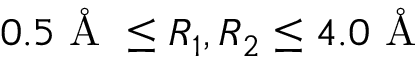
0 . 5 \mathrm { ~ \AA ~ } \leq R _ { 1 } , R _ { 2 } \leq 4 . 0 \mathrm { ~ \AA ~ }